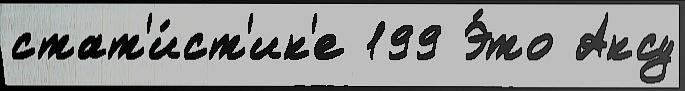
стат'и́ст'ик'е 199 Э́то Аксу